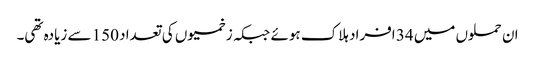
ان حملوں میں 34 افراد ہلاک ہوئے جبکہ زخمیوں کی تعداد 150 سے زیادہ تھی۔